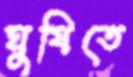
ঘুষিতে